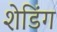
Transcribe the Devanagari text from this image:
शेडिंग